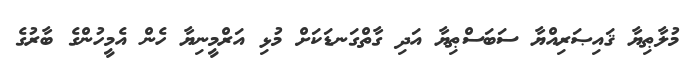
މުލާޠިޔާ ޤައިޞަރިއްޔާ ސަބަސްޠިޔާ އަދި ގާތްގަނޑަކަށް މުޅި އަރްމީނިޔާ ހެން އެމީހުންގެ ބާރުގެ